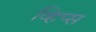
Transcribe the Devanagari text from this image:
व्हिप्स